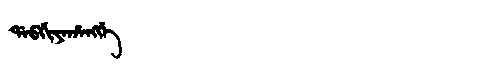
Manchu: ᡩᠠᠪᡤᡳᠶᠠᡥᠠᠩᡤᡝ
Romanization: DABGIYAHANGGE